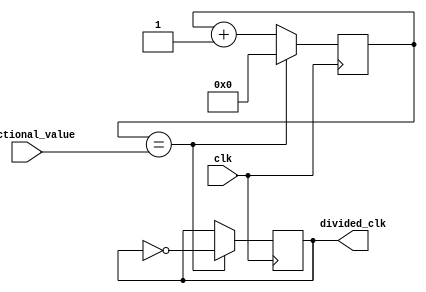
module fractional_clock_divider (
    input wire clk,
    input wire [7:0] fractional_value,
    output reg divided_clk
);

reg [7:0] count;

always @ (posedge clk) begin
    if (count == fractional_value) begin
        divided_clk <= ~divided_clk;
        count <= 0;
    end else begin
        count <= count + 1;
    end
end

endmodule